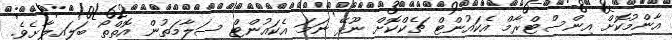
އާންމުކޮށް އިންސްޓްރާމް އެކައުންޓް ޗެކްކޮށް ނޫޅޭ ނަމަ އެކައުންޓް ސަލާމަތުން އޮތްތޯ ބަލައިލާށެވެ.